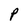
Character: P